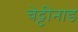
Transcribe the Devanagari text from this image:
चेट्टीनाड